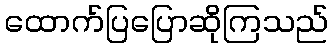
ထောက်ပြပြောဆိုကြသည်